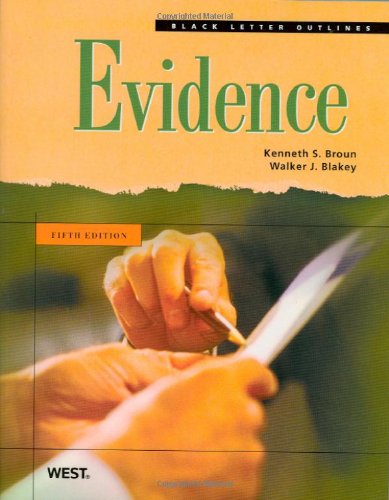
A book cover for Black Letter Outline on Evidence; Kenneth Broun; Law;